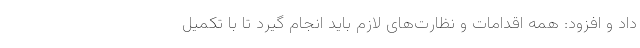
داد و افزود: همه اقدامات و نظارت‌های لازم باید انجام گیرد تا با تکمیل